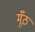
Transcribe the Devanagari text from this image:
मूँठ